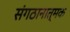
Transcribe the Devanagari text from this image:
संगठानात्मक